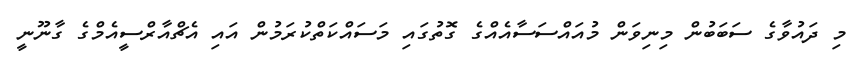
މި ދައުވާގެ ސަބަބުން މިނިވަން މުއައްސަސާއެއްގެ ގޮތުގައި މަސައްކަތްކުރަމުން އައި އެޗްއާރްސީއެމްގެ ގާނޫނީ